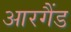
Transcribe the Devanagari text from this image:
आरगैंड